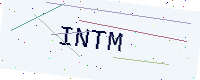
Text: INTM